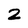
Character: 2